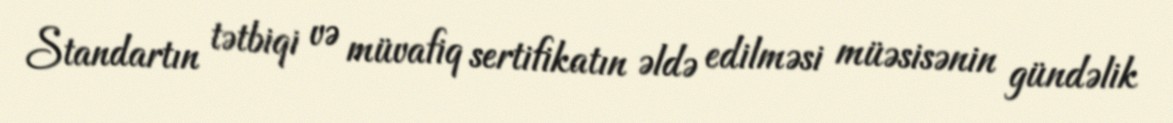
Standartın tətbiqi və müvafiq sertifikatın əldə edilməsi müəsisənin gündəlik